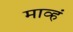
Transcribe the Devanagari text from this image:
माव्हं